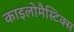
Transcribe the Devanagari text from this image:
काइलोमैस्टिक्स